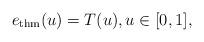
LaTeX: \begin{align*}e_{\rm thm}(u)=T(u),u\in[0,1],\end{align*}